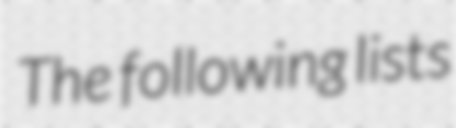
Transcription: The following lists